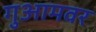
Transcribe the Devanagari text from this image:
गुआमवर